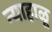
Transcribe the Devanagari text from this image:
न्याहाळू